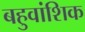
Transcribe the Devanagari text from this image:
बहुवांशिक